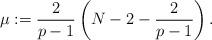
LaTeX: \begin{align*}\mu:=\frac{2}{p-1}\left( N-2-\frac{2}{p-1}\right).\end{align*}